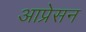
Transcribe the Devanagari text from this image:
आप्रेसन